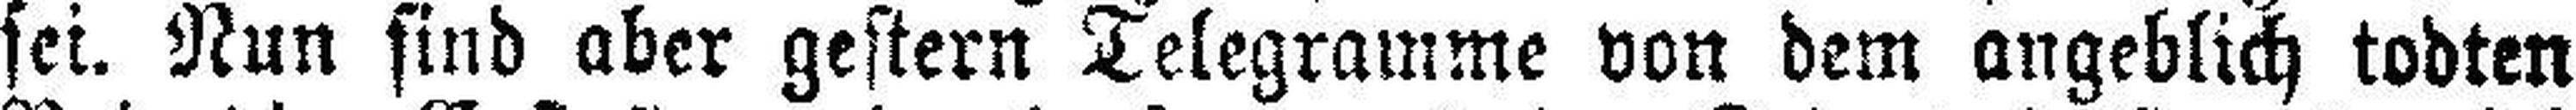
sei. Nun sind aber gestern Telegramme von dem angeblich tobten